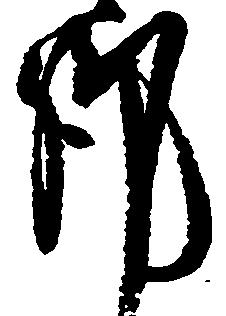
謹